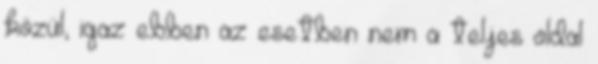
közül, igaz ebben az esetben nem a teljes oldal